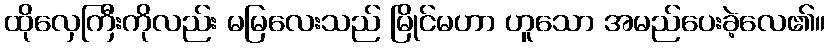
ထိုလှေကြီးကိုလည်း မမြလေးသည် မြိုင်မဟာ ဟူသော အမည်ပေးခဲ့လေ၏။